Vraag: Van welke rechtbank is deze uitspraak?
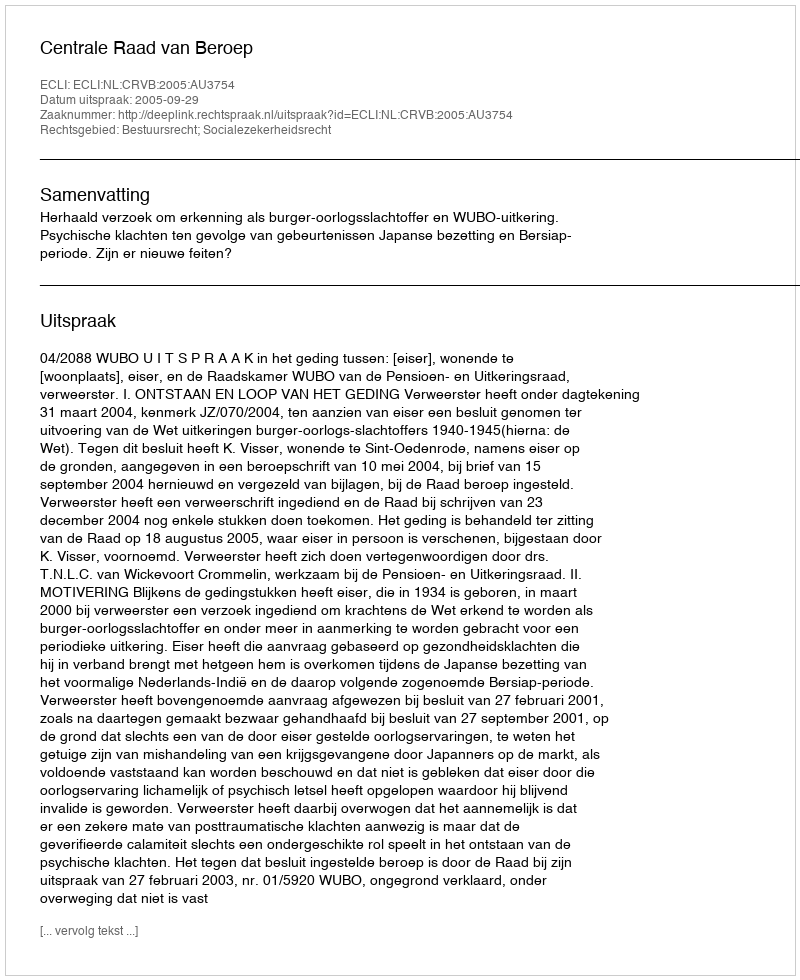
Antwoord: Centrale Raad van Beroep